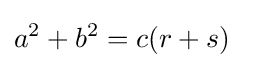
a^{2}+b^{2}=c(r+s)\